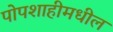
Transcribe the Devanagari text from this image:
पोपशाहीमधील